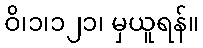
ဝိ၊၁၊၁၂၁၊ မှယူရန်။